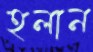
হলান